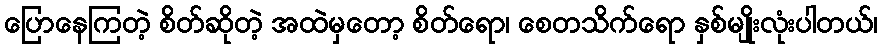
ပြောနေကြတဲ့ စိတ်ဆိုတဲ့ အထဲမှတော့ စိတ်ရော၊ စေတသိက်ရော နှစ်မျိုးလုံးပါတယ်၊